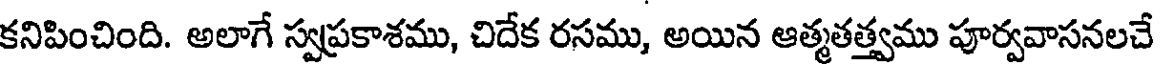
కనిపించింది. అలాగే స్వప్రకాశము, చిదేక రసము, అయిన ఆత్మతత్త్వము పూర్వవాసనలచే